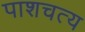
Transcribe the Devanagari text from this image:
पाशचत्य